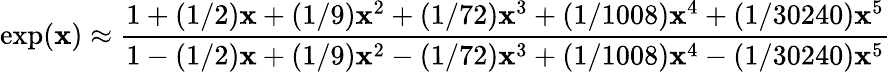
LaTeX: \exp(\mathbf{x})\approx{\frac{{1+(1/2)\mathbf{x}+(1/9)\mathbf{x}^{2}+(1/72)\mathbf{x}^{3}+(1/1008)\mathbf{x}^{4}+(1/30240)\mathbf{x}^{5}}}{{1-(1/2)\mathbf{x}+(1/9)\mathbf{x}^{2}-(1/72)\mathbf{x}^{3}+(1/1008)\mathbf{x}^{4}-(1/30240)\mathbf{x}^{5}}}}